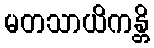
မတသာယိကန္တိ